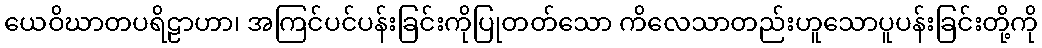
ယေဝိဃာတပရိဠာဟာ၊ အကြင်ပင်ပန်းခြင်းကိုပြုတတ်သော ကိလေသာတည်းဟူသောပူပန်းခြင်းတို့ကို